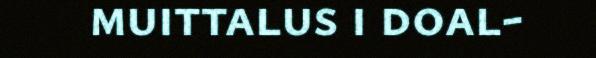
muittalus i doal-